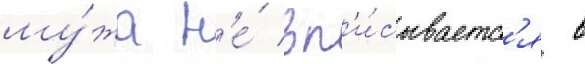
му́жа н'е́ вп'и́сываетс'я в